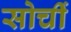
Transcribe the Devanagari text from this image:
सोचीं